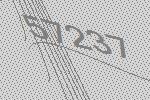
57237